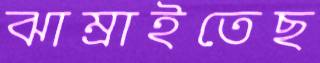
ঝাম্‌রাইতেছ